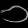
Digit: ၁